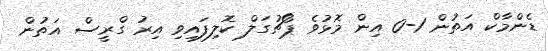
ޑެންމާކް އަތުން 1-0 އިން މޮޅުވެ ޕޯޗުގަލް ކޮލިފައިވި އިރު ގްރީސް އަތުން